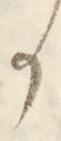
か